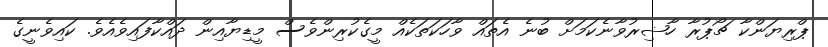
ޕްރިޔަންކާ ޗޯޕުރާ ހާޟިރުވާނެކަމަށް ބުނެ އެތައް ވާހަކަތަކެއް މީގެކުރިންވެސް މީޑިޔާއިން ދައްކާފައިވެއެވެ. ކައިވެނީގެ